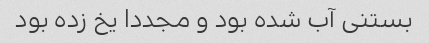
بستنی آب شده بود و مجددا یخ زده بود